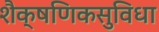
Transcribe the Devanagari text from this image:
शैक्षणिकसुविधा